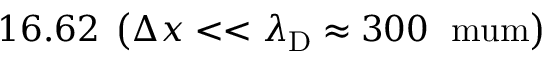
1 6 . 6 2 \; \left( \Delta x < < \lambda _ { \mathrm { D } } \approx 3 0 0 \; \mathrm { \ m u m } \right)